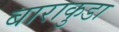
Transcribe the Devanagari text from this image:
बाराकुडा